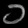
Digit: ၁